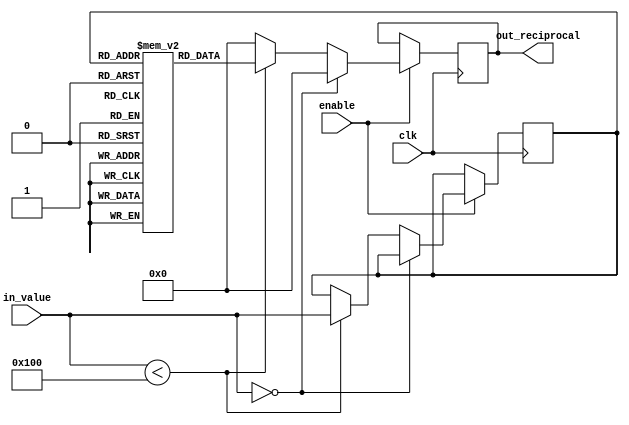
module LUT_Reciprocal (
    input wire [7:0] in_value,       // Input value (8-bit fixed-point)
    input wire clk,                   // Clock signal
    input wire enable,                // Enable signal
    output reg [15:0] out_reciprocal  // Output reciprocal (16-bit fixed-point)
);

// Parameter for LUT size
parameter LUT_SIZE = 256; // 256 entries for 8-bit input
reg [15:0] lut [0:LUT_SIZE-1]; // LUT for storing reciprocal values

// Address generation logic
reg [7:0] address;

always @(posedge clk) begin
    if (enable) begin
        // Handle edge case for zero input
        if (in_value == 8'b0) begin
            out_reciprocal <= 16'b0; // Return 0 for reciprocal of 0
        end else if (in_value < LUT_SIZE) begin
            address <= in_value; // Direct mapping for valid input
            out_reciprocal <= lut[address]; // Lookup and retrieve reciprocal
        end else begin
            // Handle out of range inputs
            out_reciprocal <= 16'b0; // Return 0 or some error code
        end
    end
end

// Initialize the LUT with precomputed reciprocal values
initial begin
    // Example values for reciprocal of 1/1, 1/2, 1/3, ..., 1/255
    // These should be calculated and filled based on the fixed-point representation
    lut[0]  = 16'h0000; // 1/0 is undefined, return 0
    lut[1]  = 16'hFFFF; // 1/1
    lut[2]  = 16'h7FFF; // 1/2
    lut[3]  = 16'h5555; // 1/3
    // Fill in the rest of the LUT with actual reciprocal values
    // ...
    lut[255] = 16'h0001; // 1/255
end

endmodule